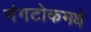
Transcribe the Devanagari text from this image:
गंगटोकमधे